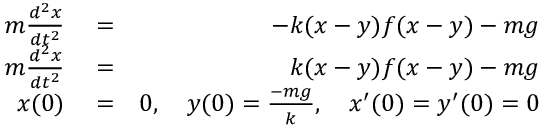
\begin{array} { r l r } { m \frac { d ^ { 2 } x } { d t ^ { 2 } } } & { { } = } & { - k ( x - y ) f ( x - y ) - m g } \\ { m \frac { d ^ { 2 } x } { d t ^ { 2 } } } & { { } = } & { k ( x - y ) f ( x - y ) - m g } \\ { x ( 0 ) } & { { } = } & { 0 , \quad y ( 0 ) = \frac { - m g } { k } , \quad x ^ { \prime } ( 0 ) = y ^ { \prime } ( 0 ) = 0 } \end{array}